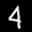
Label: 4